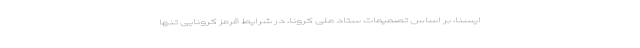
ایسنا، بر اساس تصمیمات ستاد ملی کرونا، در شرایط قرمز کرونایی تنها